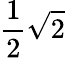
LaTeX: {\frac{1}{2}}{\sqrt{2}}